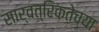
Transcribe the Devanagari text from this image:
सार्वत्रिकतेच्या